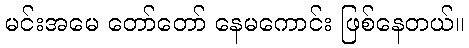
မင်းအမေ တော်တော် နေမကောင်း ဖြစ်နေတယ်။